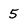
Character: 5